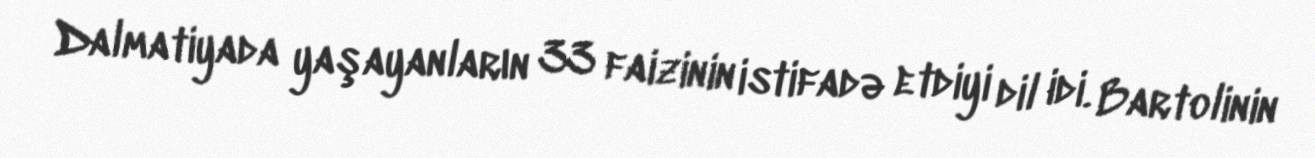
Dalmatiyada yaşayanların 33 faizinin istifadə etdiyi dil idi. Bartolinin